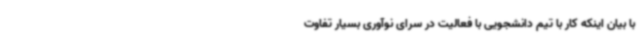
با بیان اینکه کار با تیم دانشجویی با فعالیت در سرای نوآوری بسیار تفاوت